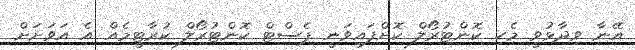
އޭނާ ވިދާޅުވީ މެހި ކޮންޓުރޯލް ކޮށްފައިވަނީ ޕެސްޓް ކޮންޓުރޯލް ކުރާޓީމެއް އެ އަވަށަށް